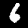
Digit: 6